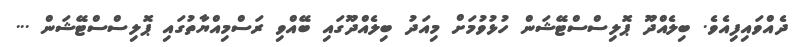
ދެއްވައިފިއެވެ. ބިލެއްދޫ ޕޮލިސްސްޓޭޝަން ހުޅުވުމަށް މިއަދު ބިލެއްދޫގައި ބޭއްވި ރަސްމިއްޔާތުގައި ޕޮލިސްސްޓޭޝަން ...